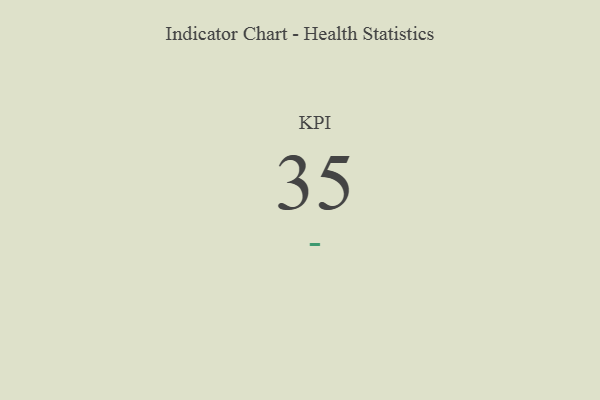
{"axis": {"x": "KPI", "y": "Value"}, "legend": [""], "data": [{"x": "KPI", "y": 35, "type": ""}]}